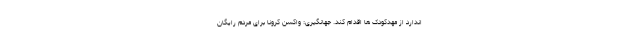
اندارد از مهدکودک ها اقدام کند. جهانگیری: واکسن کرونا برای مردم رایگان